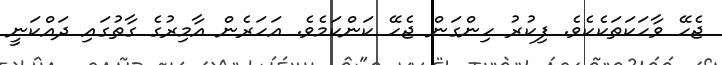
ޖެހޭ ވާހަކަތަކެކެވެ. ފިކުރު ހިންގަން ޖެހޭ ކަންކަމެވެ. އަހަރެން އާމިރުގެ ގާތުގައި ދައްކަނީ